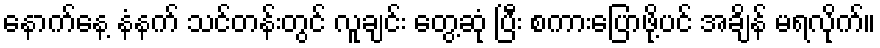
နောက်နေ့ နံနက် သင်တန်းတွင် လူချင်း တွေ့ဆုံ ပြီး စကားပြောဖို့ပင် အချိန် မရလိုက်။